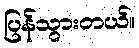
ပြန်သွားတယ်။